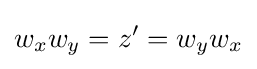
w_{x}w_{y}=z'=w_{y}w_{x}